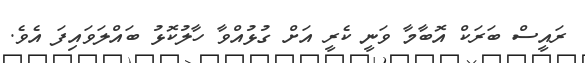
ރައީސް ބަރަކް އޮބާމާ ވަނީ ކެރީ އަށް ގުޅުއްވާ ހާލުކޮޅު ބައްލަވައިފަ އެވެ.